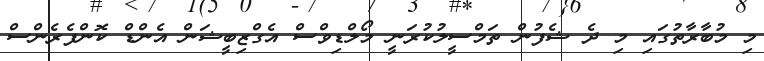
މި މުބާރާތުގައި މި ދެ ޝެފުން ތަމްސީލުކުރަނީ މޯލްޑިވްސް އެގްޒިބީޝަން އެންޑް ކޮންފެރެންސް